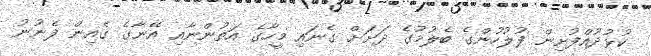
ކުޅުދުއްފުށިން ފުލުހުންގެ ބެލުމުގެ ދަށަށް ގެނައި މީހާގެ އަތުންނާއި އޭނާގެ ގެއިން ފެނުނު